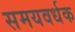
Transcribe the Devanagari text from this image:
समयवर्धक